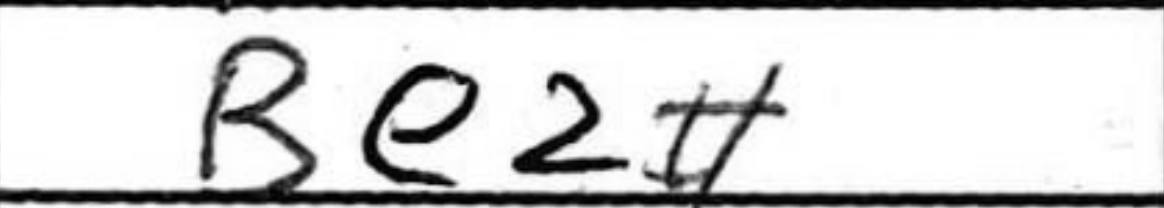
Transcription: Be2#